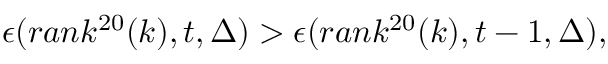
\epsilon ( r a n k ^ { 2 0 } ( k ) , t , \Delta ) > \epsilon ( r a n k ^ { 2 0 } ( k ) , t - 1 , \Delta ) ,